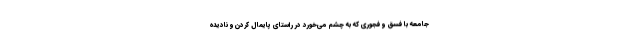
جامعه با فسق و فجوری که به چشم می‌خورد در راستای پایمال کردن و نادیده